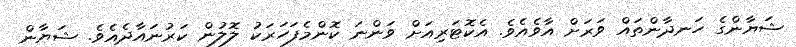
ޝަޔާންގެ ހަނދާންތައް ވަރަށް އާވެއެވެ. އެކޮޓަރިއަށް ވަންނަ ކޮންމެފަހަރަކު ލޮލުން ކަރުނައާދެއެވެ. ޝަޔާން